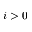
i > 0